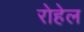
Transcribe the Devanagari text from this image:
रोहेल